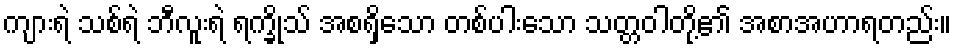
ကျားရဲ သစ်ရဲ ဘီလူးရဲ ရက္ခိုသ် အစရှိသော တစ်ပါးသော သတ္တဝါတို့၏ အစာအဟာရတည်း။